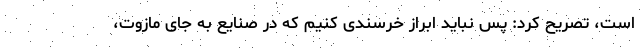
است، تصریح کرد: پس نباید ابراز خرسندی کنیم که در صنایع به جای مازوت،